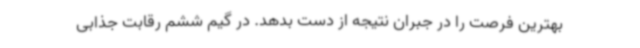
بهترین فرصت را در جبران نتیجه از دست بدهد. در گیم ششم رقابت جذابی